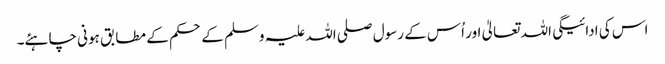
اس کی ادائیگی اللہ تعالیٰ اور اُس کے رسول صلی اللہ علیہ وسلم کے حکم کے مطابق ہونی چاہئے۔